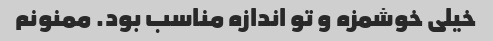
خیلی خوشمزه و تو اندازه مناسب بود. ممنونم